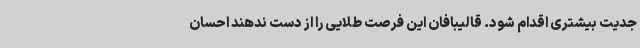
جدیت بیشتری اقدام شود. قالیبافان این فرصت طلایی را از دست ندهند احسان